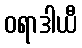
ဝရာဒါယီ